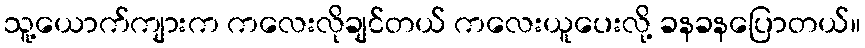
သူ့ယောက်ကျားက ကလေးလိုချင်တယ် ကလေးယူပေးလို့ ခနခနပြောတယ်။